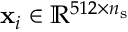
\mathbf { x } _ { i } \in \mathbb { R } ^ { 5 1 2 \times n _ { \mathrm { s } } }